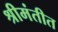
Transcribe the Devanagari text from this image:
श्रीमंतीत